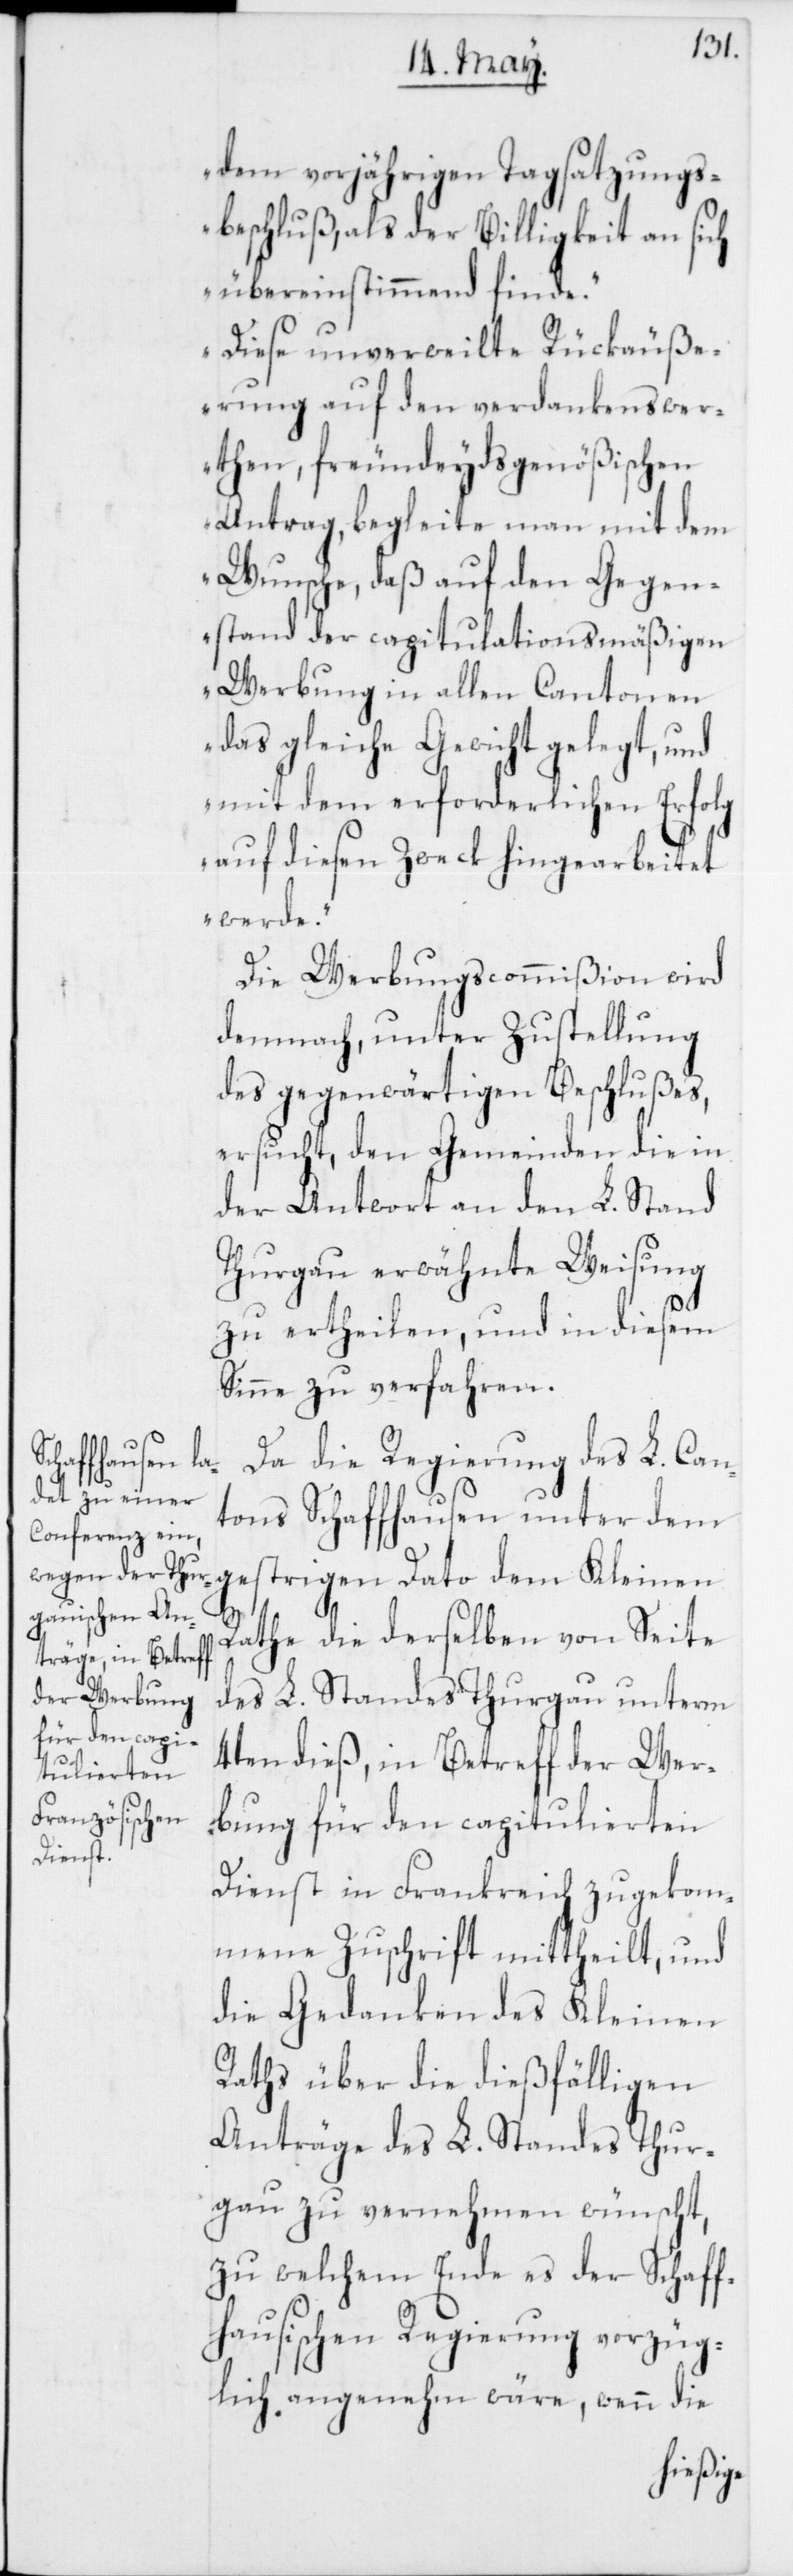
dem vorjährigen Tagsatzungs¬
beschluß, als der Billigkeit an sich
übereinstimmend finde.
Diese unverweilte Rückäuße¬
rung auf den verdankenswer¬
then, freundeydsgenößischen
Antrag, begleite man mit dem
Wunsche, daß auf den Gegen¬
stand der capitulationsmäßigen
Werbung in allen Cantonen
das gleiche Gewicht gelegt, und
mit dem erforderlichen Erfolg
auf diesen Zweck hingearbeitet
werde.“
Die Werbungscommißion wird
demnach, unter Zustellung
des gegenwärtigen Beschlußes,
ersucht, den Gemeinden die in
der Antwort an den L. Stand
Thurgau erwähnte Weisung
zu ertheilen, und in diesem
Sinne zu verfahren.
Da die Regierung des L. Can¬
tons Schaffhausen unter dem
gestrigen Dato dem Kleinen
Rathe die derselben von Seite
des L. Standes Thurgau unterm
4ten dieß, in Betreff der Wer¬
bung für den capitulierten
Dienst in Frankreich zugekom¬
mene Zuschrift mittheilt, und
die Gedanken des Kleinen
Raths über die dießfälligen
Anträge des L. Standes Thur¬
gau zu vernehmen wünscht,
zu welchem Ende es der Schaff¬
hausischen Regierung vorzüg¬
lich angenehm wäre, wenn die